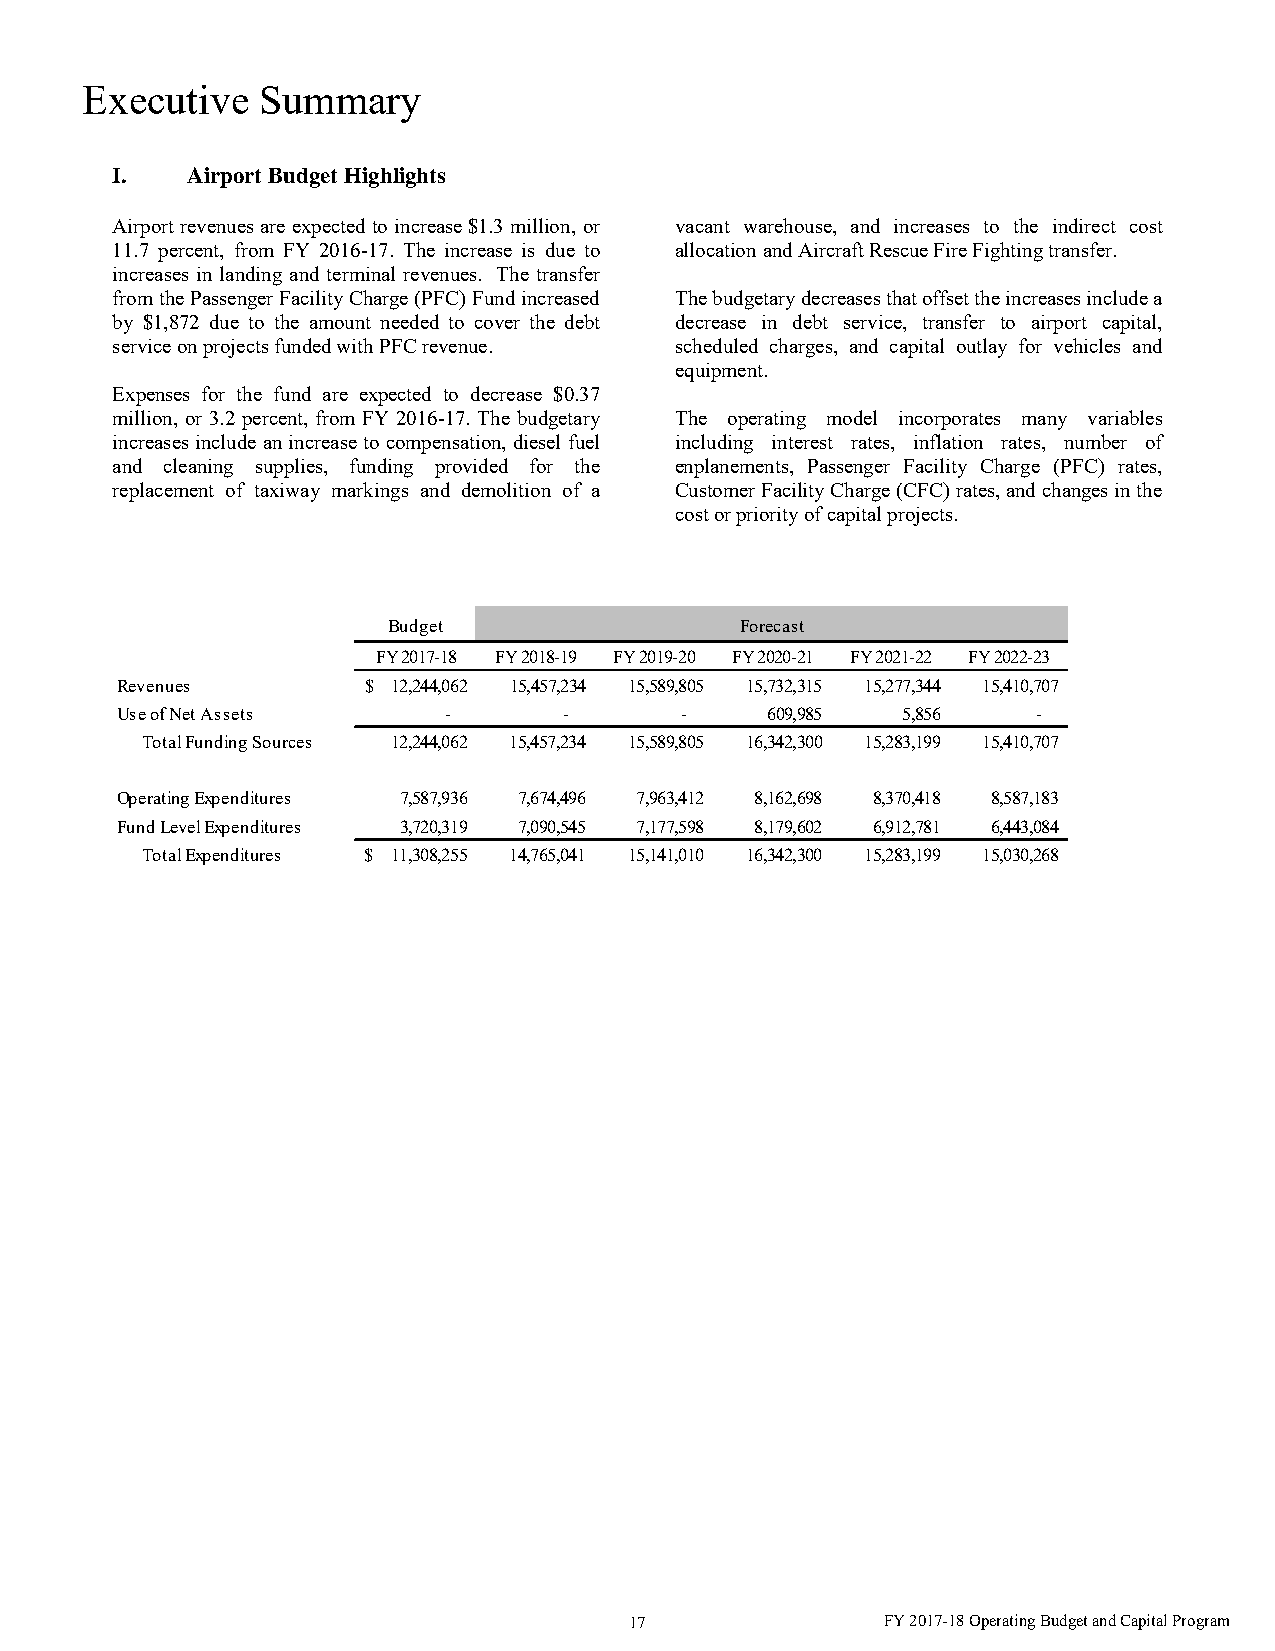
Executive   Summary
 I.   Airport Budget Highlights
 Airport revenues are expected to increase $1.3 million, or vacant warehouse, and increases to the indirect cost
 11.7 percent, from FY 2016-17. The increase is due to allocation and Aircraft Rescue Fire Fighting transfer.
 increases in landing and terminal revenues. The transfer
 from the Passenger Facility Charge (PFC) Fund increased The budgetary decreases that offset the increases include a
 by $1,872 due to the amount needed to cover the debt decrease in debt service, transfer to airport capital,
 service on projects funded with PFC revenue. scheduled charges, and capital outlay for vehicles and
 equipment.
 Expenses for the fund are expected to decrease $0.37
 million, or 3.2 percent, from FY 2016-17. The budgetary The operating model incorporates many variables
 increases include an increase to compensation, diesel fuel including interest rates, inflation rates, number of
 and cleaning supplies, funding provided for the enplanements, Passenger Facility Charge (PFC) rates,
 replacement of taxiway markings and demolition of a Customer Facility Charge (CFC) rates, and changes in the
 cost or priority of capital projects.
 Budget                 Forecast
 FY 2017-18 FY 2018-19 FY 2019-20 FY 2020-21 FY 2021-22 FY 2022-23
 Revenues        $ 12,244,062 15,457,234 15,589,805 15,732,315 15,277,344 15,410,707
 Use of Net Assets    -       -       -     609,985  5,856    -
 Total Funding Sources 12,244,062 15,457,234 15,589,805 16,342,300 15,283,199 15,410,707
 Operating Expenditures 7,587,936 7,674,496 7,963,412 8,162,698 8,370,418 8,587,183
 Fund Level Expenditures 3,720,319 7,090,545 7,177,598 8,179,602 6,912,781 6,443,084
 Total Expenditures $ 11,308,255 14,765,041 15,141,010 16,342,300 15,283,199 15,030,268
 17               FY 2017-18 Operating Budget and Capital Program